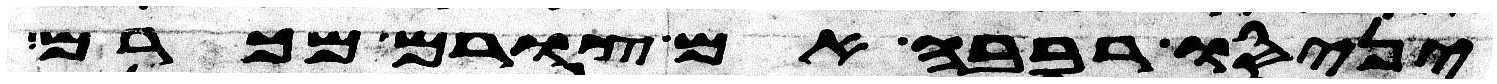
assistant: יניסו רבבה אם לא צורם מכרם